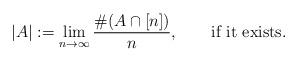
LaTeX: \begin{align*} |A|:=\lim_{n\rightarrow\infty}\frac{\#(A\cap[n])}{n}, \qquad\mbox{if it exists}.\end{align*}